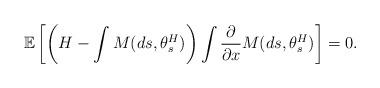
LaTeX: \begin{align*}\mathbb{E}\left[\left( H - \int M(ds,\theta^H_s)\right) \int \frac{\partial }{\partial x}M(ds,\theta^H_s)\right]=0.\end{align*}